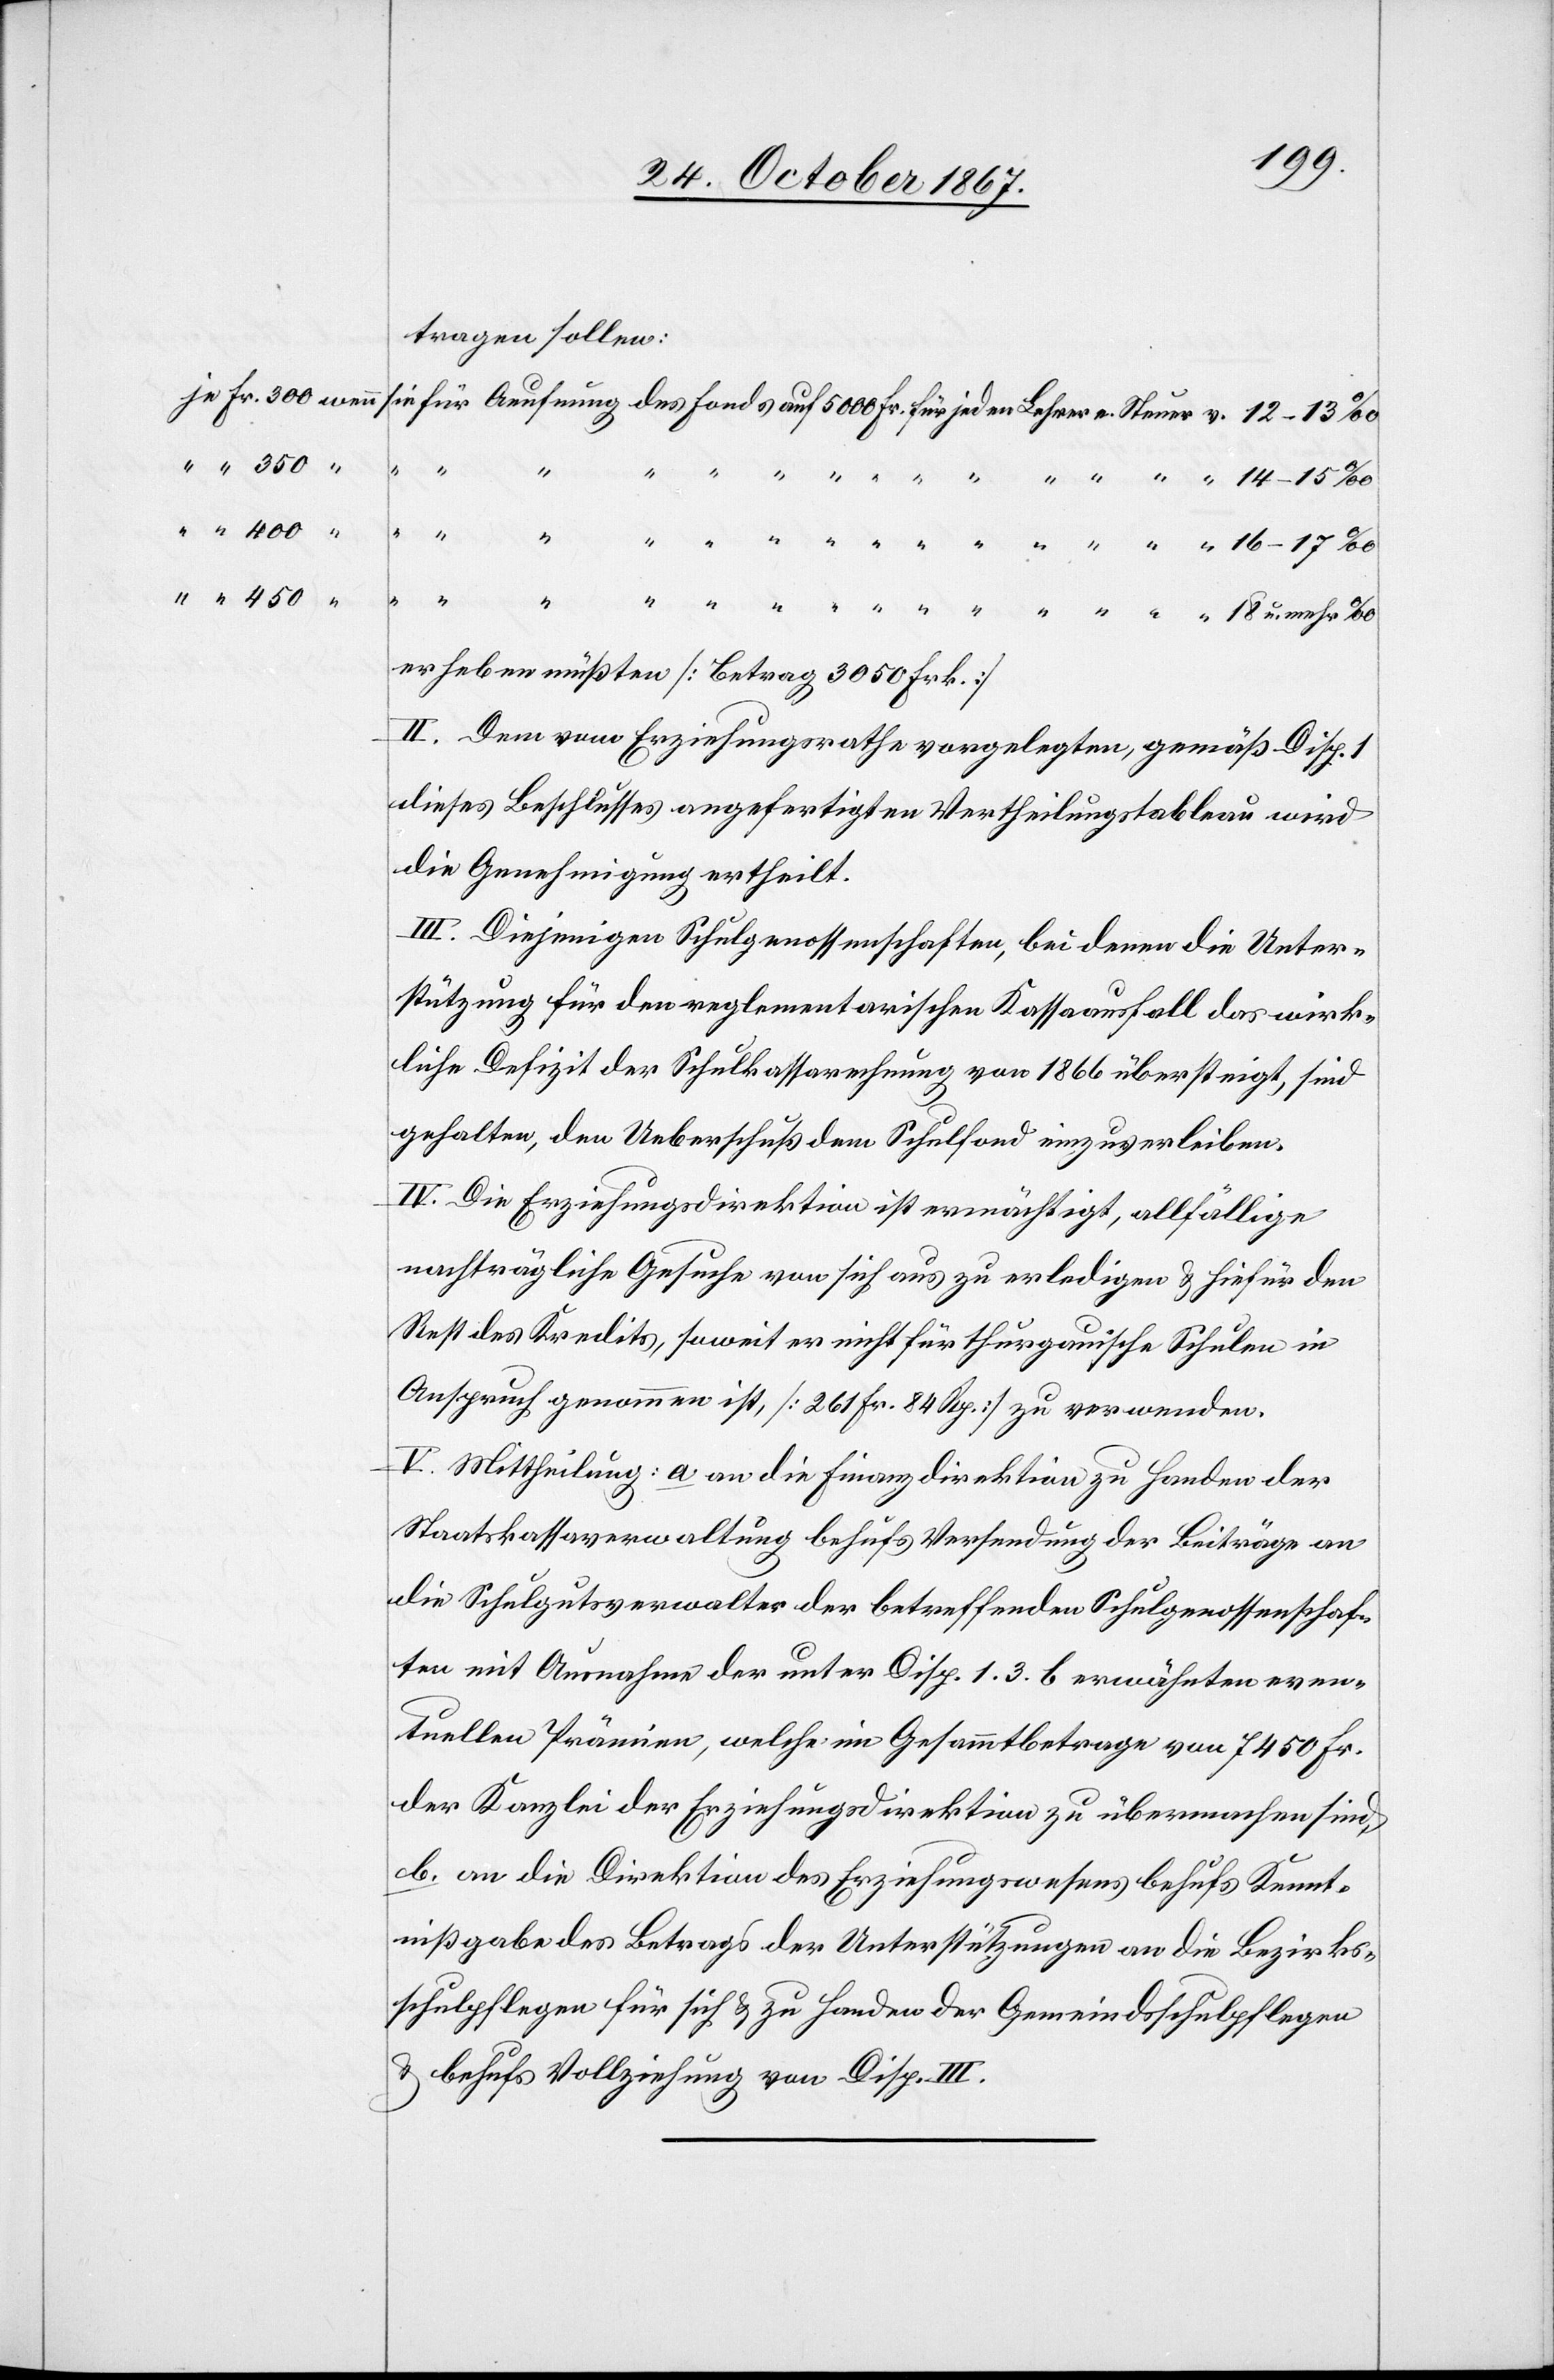
tragen sollen:
“
u.
erheben müßten [Betrag 3050 Frk.]
II. Dem vom Erziehungsrathe vorgelegten, gemäß Disp.
dieses Beschlusses angefertigten Vertheilungstableau wird
die Genehmigung ertheilt.
III. Diejenigen Schulgenossenschaften, bei denen die Unter¬
stützung für den reglementarischen Kassaausfall das wirk¬
liche Defizit der Schulkassarechnung von 1866 übersteigt, sind
gehalten, den Ueberschuß dem Schulfond einzuverleiben.
IV. Die Erziehungsdirektion ist ermächtigt, allfällige
nachträgliche Gesuche von sich aus zu erledigen u. hiefür den
Rest des Kredits, soweit er nicht für thurgauische Schulen in
Anspruch genommen ist, [261 Fr. 84 Rp.] zu verwenden.
V. Mittheilung: a. an die Finanzdirektion zu Handen der
Staatskassaverwaltung behufs Versendung der Beiträge an
die Schulgutsverwalter der betreffenden Schulgenossenschaf¬
ten mit Ausnahme der unter Disp. 1.3.b erwähnten even¬
tuellen Prämien, welche im Gesammtbetrage von 7450 Fr.
der Kanzlei der Erziehungsdirektion zu übermachen sind,
b. an die Direktion des Erziehungswesens behufs Kennt¬
nißgabe des Betrags der Unterstützungen an die Bezirks¬
schulpflegen für sich u. zu Handen der Gemeindsschulpflegen
u. behufs Vollziehung von Disp. III.